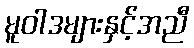
မူဝါဒများနှင့်အညီ